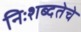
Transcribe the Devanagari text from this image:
निःशब्दतेचे